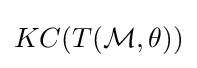
KC(T({\mathcal {M}},\theta ))